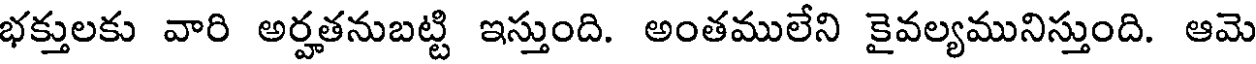
భక్తులకు వారి అర్హతనుబట్టి ఇస్తుంది. అంతములేని కైవల్యమునిస్తుంది. ఆమె